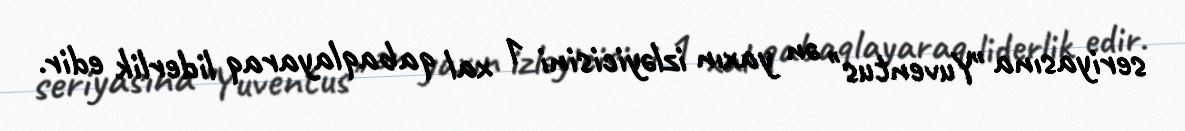
seriyasına "Yuventus" ən yaxın izləyicisini 1 xal qabaqlayaraq liderlik edir.